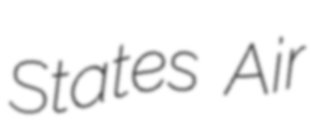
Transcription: States Air